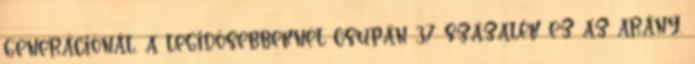
generációnál, a legidősebbeknél csupán 37 százalék ez az arány.